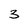
Character: 3